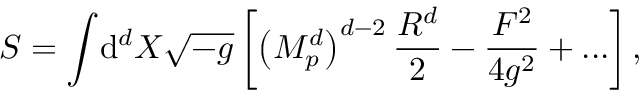
S = \int \! \mathrm { d } ^ { d } X \sqrt { - g } \left[ \left( M _ { p } ^ { d } \right) ^ { d - 2 } \frac { R ^ { d } } { 2 } - \frac { F ^ { 2 } } { 4 g ^ { 2 } } + . . . \right] ,